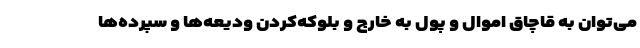
می‌توان به قاچاق اموال و پول به خارج و بلوکه‌کردن ودیعه‌ها و سپرده‌ها